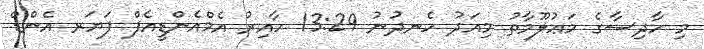
މި ހާދިސާގެ މަޢުލޫމާތު މިއަދު ހެނދުނު 13:29 ހާއިރު އެމްއެންޑީއެފް ފަޔަރ އެންޑް